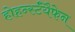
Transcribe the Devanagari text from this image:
होहर्न्स्टॅयैफेन